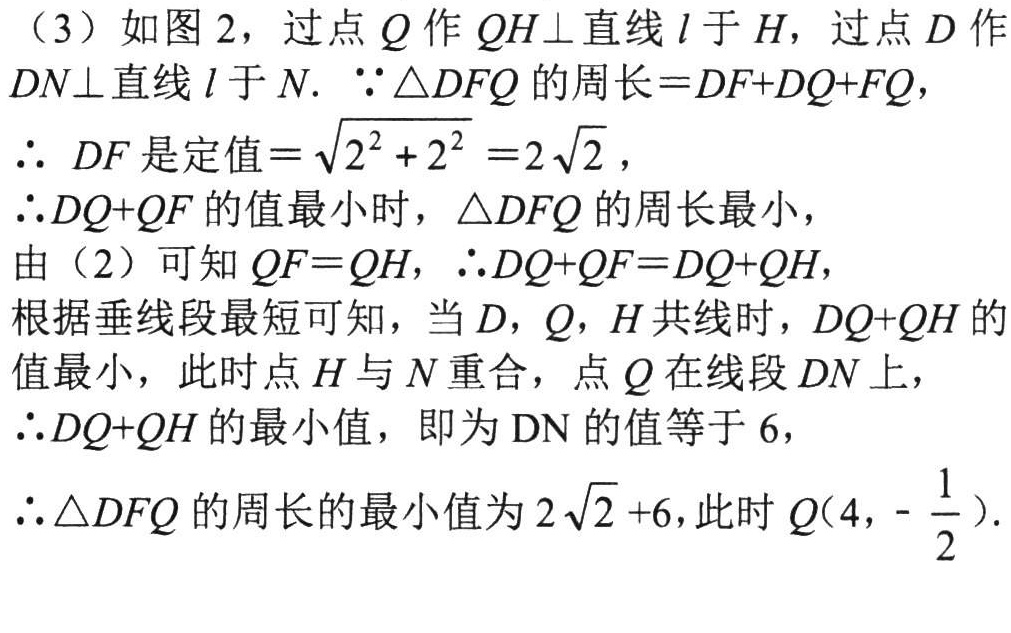
（3）如图 2，过点 \(Q\) 作 \(QH\perp\) 直线 \(l\) 于 \(H\)，过点 \(D\) 作 \(DN\perp\) 直线 \(l\) 于 \(N\). \(\because\triangle DFQ\) 的周长\( = DF + DQ+FQ\)，
\(\therefore\) \(DF\) 是定值\(=\sqrt{2^{2} + 2^{2}} = 2\sqrt{2}\)，
\(\therefore DQ + QF\) 的值最小时，\(\triangle DFQ\) 的周长最小，
由（2）可知 \(QF = QH\)，\(\therefore DQ + QF=DQ + QH\)，
根据垂线段最短可知，当 \(D\)，\(Q\)，\(H\) 共线时，\(DQ + QH\) 的值最小，此时点 \(H\) 与 \(N\) 重合，点 \(Q\) 在线段 \(DN\) 上，
\(\therefore DQ + QH\) 的最小值，即为 \(\text{DN}\) 的值等于 \(6\)，
\(\therefore\triangle DFQ\) 的周长的最小值为 \(2\sqrt{2}+6\)，此时 \(Q(4,-\frac{1}{2})\).